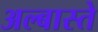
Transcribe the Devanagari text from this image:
अल्बास्ते